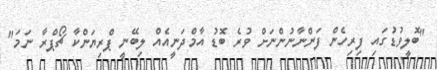
"ބޮލީވުޑުގައި ފިރިހެން ފަންނާނުންނަށް ވުރެ ބޮޑު އާމްދަނީއެއް ލިބޭނީ ޕްރިޔަންކާ ޗޯޕްރާ ނަމަ"